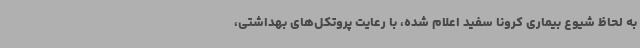
به لحاظ شیوع بیماری کرونا سفید اعلام شده، با رعایت پروتکل‌های بهداشتی،